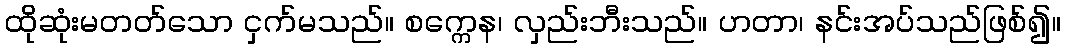
ထိုဆုံးမတတ်သော ငှက်မသည်။ စက္ကေန၊ လှည်းဘီးသည်။ ဟတာ၊ နင်းအပ်သည်ဖြစ်၍။